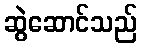
ဆွဲဆောင်သည်